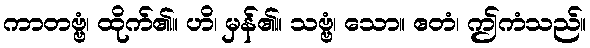
ကာတဗ္ဗံ၊ ထိုက်၏။ ဟိ၊ မှန်၏။ သဗ္ဗံ၊ သော။ ဧတံ၊ ဤကံသည်။